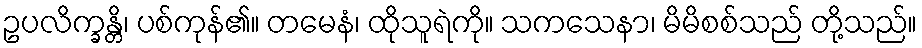
ဥပလိက္ခန္တိ၊ ပစ်ကုန်၏။ တမေနံ၊ ထိုသူရဲကို။ သကသေနာ၊ မိမိစစ်သည် တို့သည်။